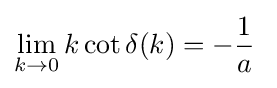
\lim _{k\to 0}k\cot \delta (k)=-{\frac {1}{a}}\;